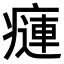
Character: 𤹨